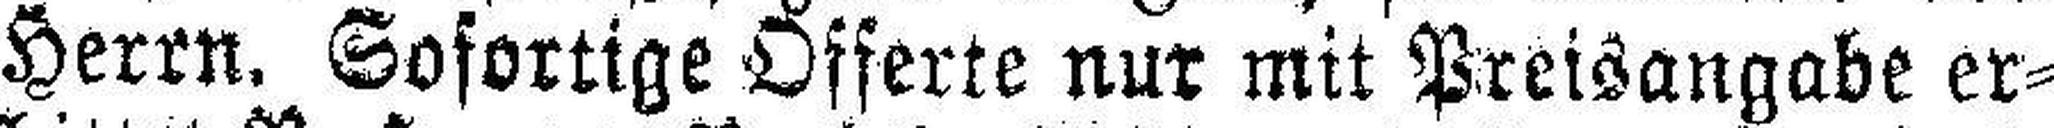
Herrn. Sofortige Offerte nur mit Preisangabe er¬